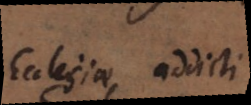
Ecclesiae addicti